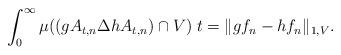
LaTeX: \begin{align*}\int_0^{\infty}\mu((gA_{t,n}\Delta hA_{t,n})\cap V)\;t=\|gf_n-hf_n\|_{1,V}. \end{align*}